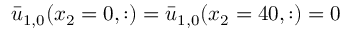
\bar { u } _ { 1 , 0 } ( x _ { 2 } = 0 , : ) = \bar { u } _ { 1 , 0 } ( x _ { 2 } = 4 0 , : ) = 0